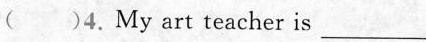
( )4.My art teacher is___